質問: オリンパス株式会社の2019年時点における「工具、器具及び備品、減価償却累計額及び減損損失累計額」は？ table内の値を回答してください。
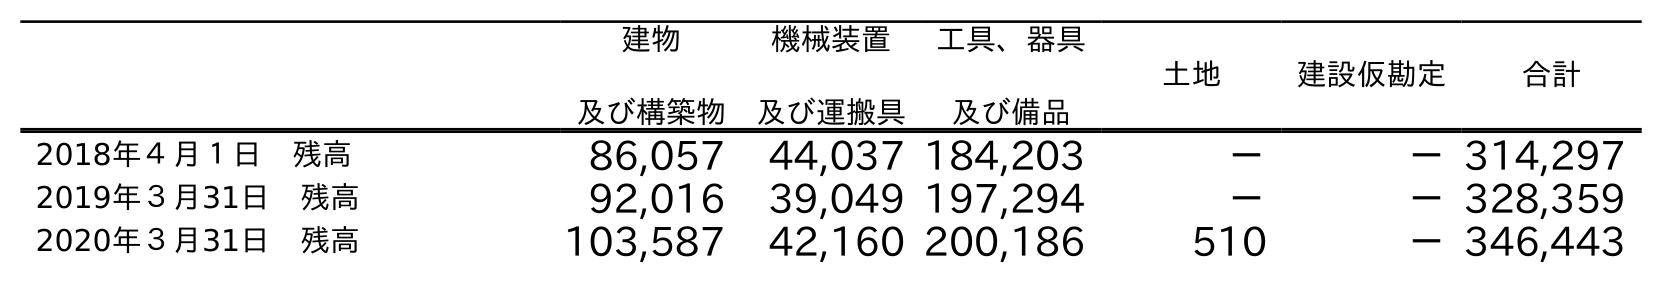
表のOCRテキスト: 建物 及び構築物 機械装置 及び運搬具 工具、器具 及び備品 土地 建設仮勘定 合計 2018年４月１日 残高 86,057 44,037 184,203 － －314,297 2019年３月31日 残高 92,016 39,049 197,294 － －328,359 2020年３月31日 残高 103,587 42,160 200,186 510 －346,443
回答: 197,294